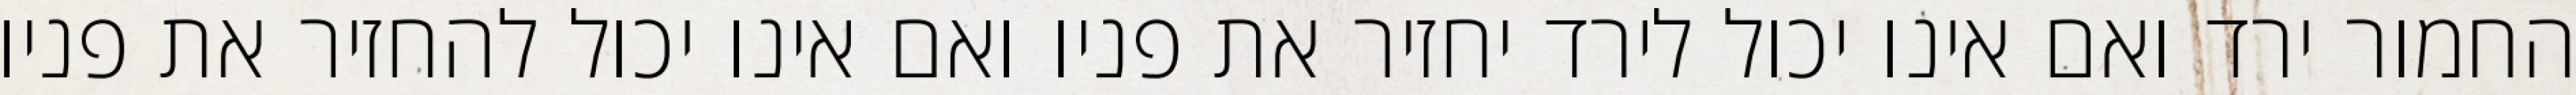
החמור ירד ואם אינו יכול לירד יחזיר את פניו ואם אינו יכול להחזיר את פניו